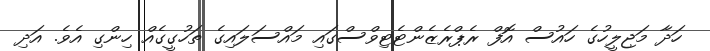
ހަދާ މަޖިލީހުގެ ހައުސް އޮފް ރެޕްރެޒެންޓެޓިވްސްގައި މައްސަލައިގެ ތަހުގީގެއް ހިންގި އެވެ. އަދި